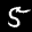
Label: 5